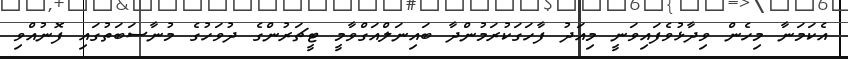
އެކަމަނާ މިހެން ވިދާޅުވެފައިވަނީ މިއަދު ފާހަގަކުރަމުންދާ ބައިނަލްއަގްވާމީ ޓީޗަރުންގެ ދުވަހުގެ މުނާސަބަތުގައި ފޮނުއްވި